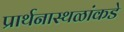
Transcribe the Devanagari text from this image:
प्रार्थनास्थळांकडे